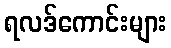
ရလဒ်ကောင်းများ